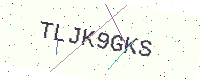
Text: TLJK9GKS